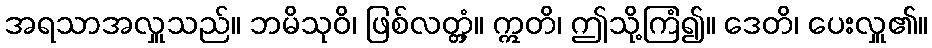
အရသာအလှူသည်။ ဘမိသုဝိ၊ ဖြစ်လတ္တံ့။ ဣတိ၊ ဤသို့ကြံ၍။ ဒေတိ၊ ပေးလှူ၏။